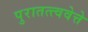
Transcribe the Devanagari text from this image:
पुरातत्त्ववेत्ते